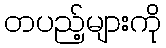
တပည့်များကို